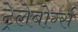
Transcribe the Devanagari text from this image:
ट्रेलेबोर्ग्स